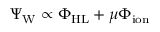
\Psi _ { \mathrm { W } } \propto \Phi _ { \mathrm { H L } } + \mu \Phi _ { \mathrm { i o n } }